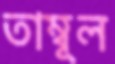
তাম্বূল